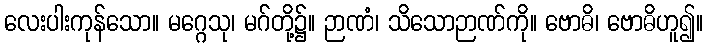
လေးပါးကုန်သော။ မဂ္ဂေသု၊ မဂ်တို့၌။ ဉာဏံ၊ သိသောဉာဏ်ကို။ ဗောဓိ၊ ဗောဓိဟူ၍။